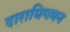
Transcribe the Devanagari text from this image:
दाराघिगमन